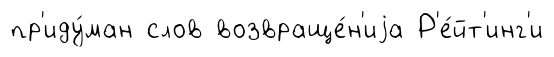
пр'иду́ман слов возвраще́н'иjа Р'е́йт'инг'и